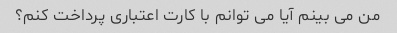
من می بینم آیا می توانم با کارت اعتباری پرداخت کنم؟